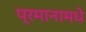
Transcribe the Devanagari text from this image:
प्रमानामधे